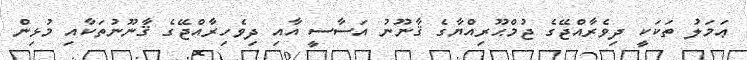
ޢަމަލު ތަކަކީ ދިވެރާއްޖޭގެ ޖުމްޙޫރިއްޔާގެ ޤާނޫނު އަސާސީ އާއި ދިވެހިރާއްޖޭގެ ޤާނޫނުތަކާއި މުޅިން